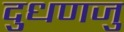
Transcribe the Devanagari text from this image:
दुधणजु